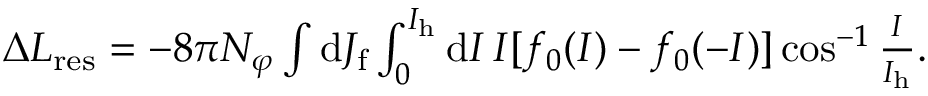
\begin{array} { r } { \Delta L _ { \mathrm { r e s } } = - 8 \pi N _ { \varphi } \int \mathrm { d } J _ { \mathrm { f } } \int _ { 0 } ^ { I _ { \mathrm { h } } } \mathrm { d } I \, I [ f _ { 0 } ( I ) - f _ { 0 } ( - I ) ] \cos ^ { - 1 } \frac { I } { I _ { \mathrm { h } } } . } \end{array}